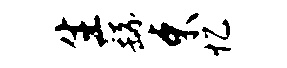
生繇束忆